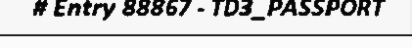
# Entry 88867 - TD3_PASSPORT